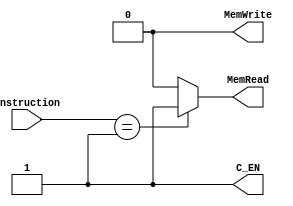
`timescale 1ns / 1ps
//////////////////////////////////////////////////////////////////////////////////
// Company: 
// Engineer: 
// 
// Design Name: 
// Module Name: Controller
// Project Name: 
// Target Devices: 
// Tool Versions: 
// Description: 
// 
// Dependencies: 
// 
// Revision:
// Revision 0.01 - File Created
// Additional Comments:
// 
//////////////////////////////////////////////////////////////////////////////////


module Controller(Instruction,MemWrite,MemRead,C_EN);
    
    input [31:0] Instruction;
    output reg MemWrite,MemRead,C_EN;
    
    
    always@(*) begin
        if(Instruction == 1) begin
             MemWrite <= 0;
             MemRead <= 1;
             C_EN <= 1;
        end
        else begin
             MemWrite <= 0;
             MemRead <= 0;
             C_EN <= 1;
        end
    end
endmodule